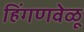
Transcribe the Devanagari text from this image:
हिंगणवेळू